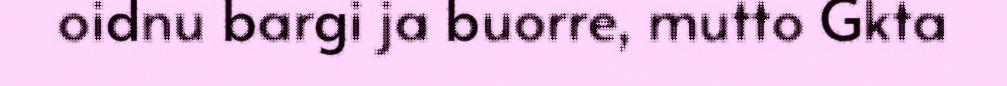
oidnu bargi ja buorre, mutto Gkta